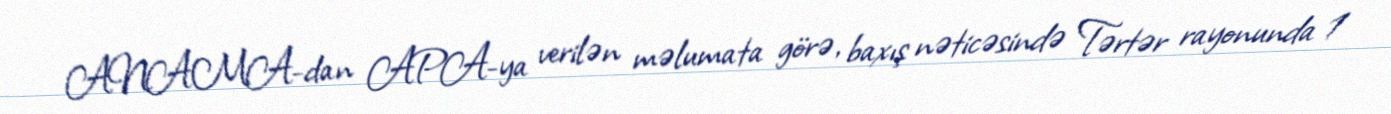
ANAMA-dan APA-ya verilən məlumata görə, baxış nəticəsində Tərtər rayonunda 1